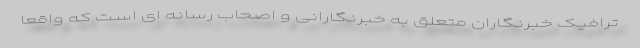
ترافیک خبرنگاران متعلق به خبرنگارانی و اصحاب رسانه ای است که واقعا